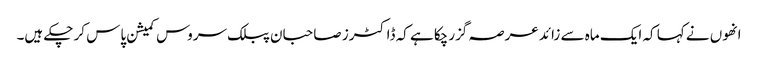
انھوں نے کہا کہ ایک ماہ سے زائد عرصہ گزرچکا ہے کہ ڈاکٹرز صاحبان پبلک سروس کمیشن پاس کر چکے ہیں۔